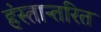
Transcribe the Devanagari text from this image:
हंस्तान्तरित